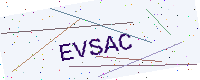
Text: EVSAC